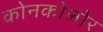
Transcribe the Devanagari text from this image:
कोनकोलोर